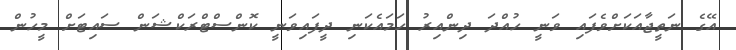
އޭގެ ނަތީޖާއަކަށްވެފައި ވަނީ ހުއްދަ ދިންއިރު ހަމައެކަނި ދީފައިވަނީ ކޮންސްޓްރަކްޝަން ސައިޓަށް މީހުން